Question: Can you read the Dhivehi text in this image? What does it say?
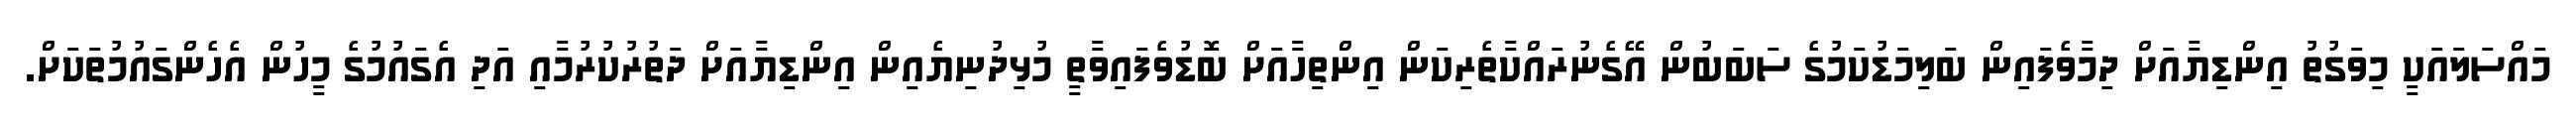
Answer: މައްސަލައަކީ މިވަގުތު އިންޑިޔާއަށް ދިމާވެފައިން ބަލިމަޑުކަމުގެ ސަބަބުން އޭގެނުރައްކާތެރިކަން އިންތިހާއަށް ބޮޑުވެފައިވާތީ މުޅިދުނިޔެއިން އިންޑިޔާއަށް ދަތުރުކުރުމާއި އަދި އެގައުމުގެ މީހުން އެހެންގައުމުތަކަށް.